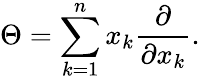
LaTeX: \Theta=\sum_{k=1}^{n}x_{k}{\frac{\partial}{\partial x_{k}}}.